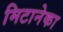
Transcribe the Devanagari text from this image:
मिटानेका